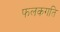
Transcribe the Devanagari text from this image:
फलकगति